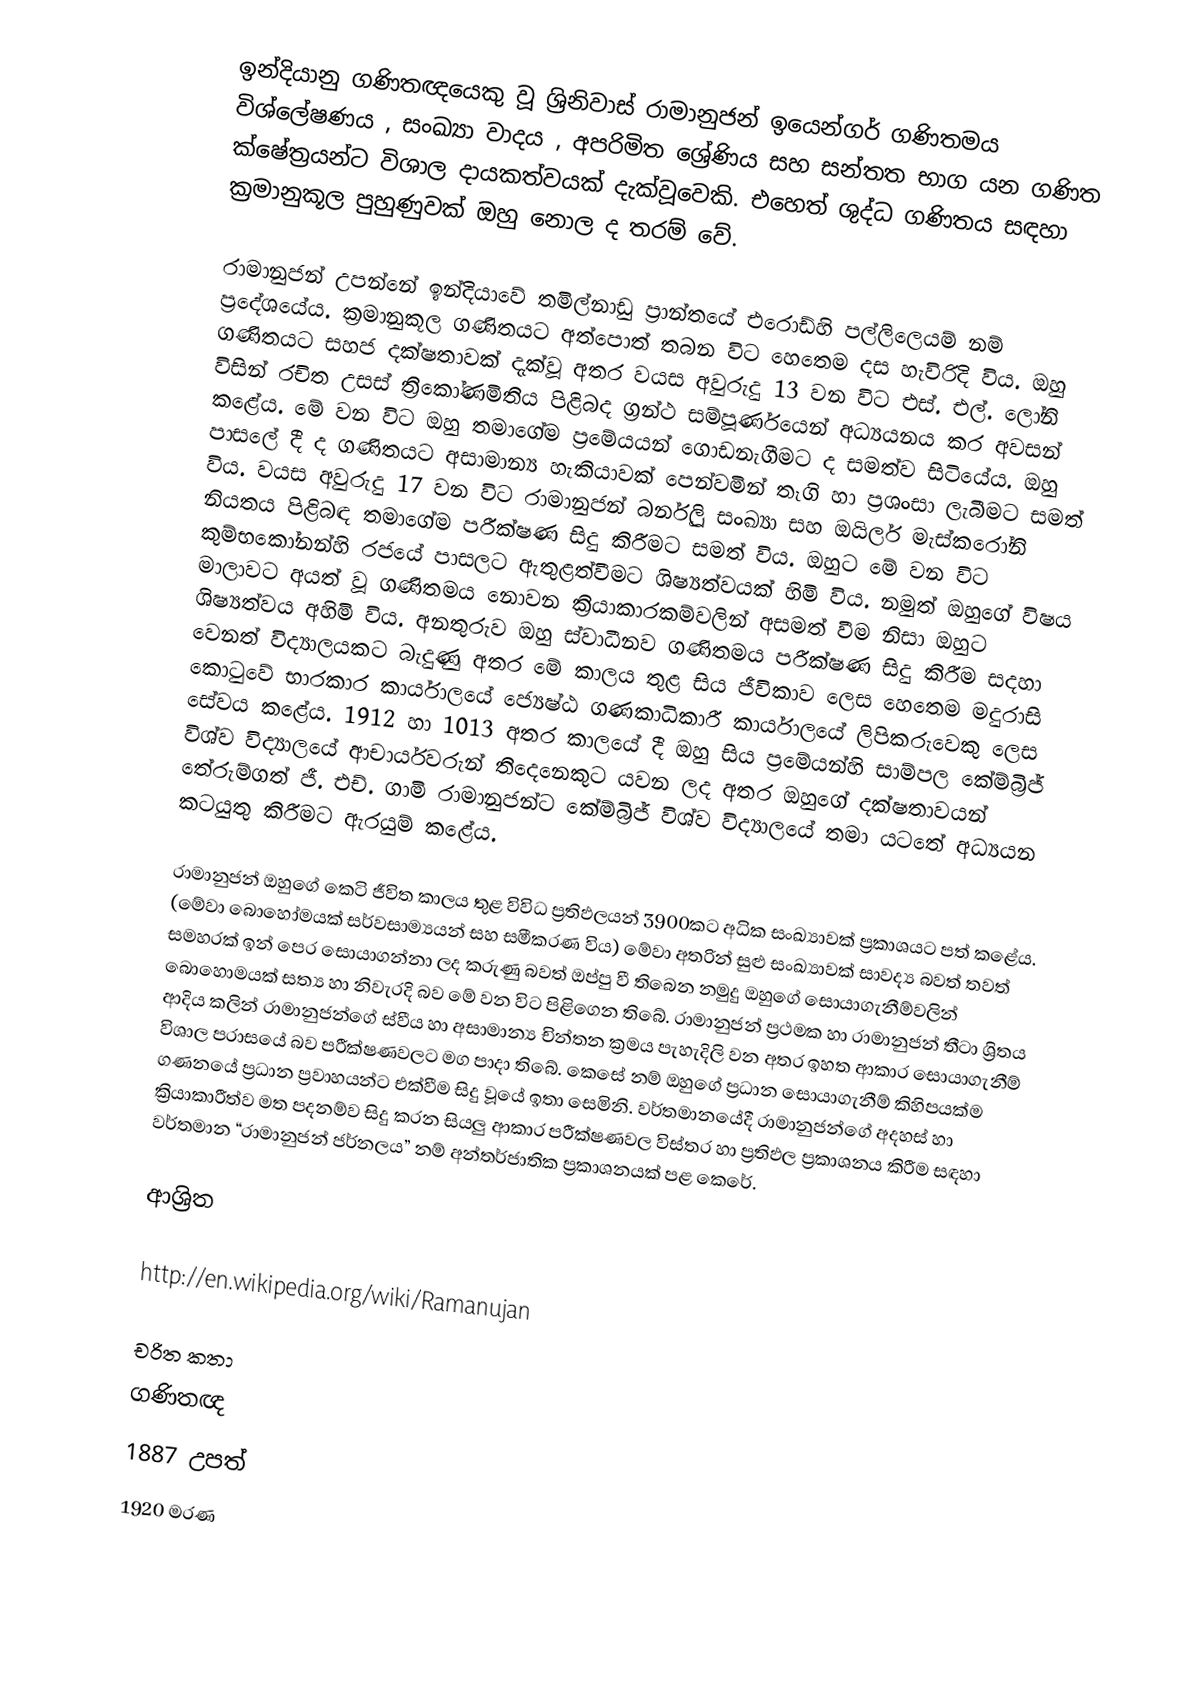
ඉන්දියානු ගණිතඥයෙකු වූ ශ්‍රිනිවාස් රාමානුජන් ඉයෙන්ගර් ගණිතමය විශ්ලේෂණය , සංඛ්‍යා වාදය , අපරිමිත ශ්‍රේණි‍ය සහ සන්තත භාග යන ගණි‍ත ක්ෂේත්‍රයන්ට විශාල දායකත්වයක් දැක්වූවෙකි. එහෙත් ශුද්ධ ගණිතය සඳහා ක්‍රමානුකූල පුහුණුවක් ඔහු නොල ද තරම් වේ.

රාමානුජන් උපන්නේ ඉන්දියාවේ තමිල්නාඩු ප්‍රාන්තයේ එරොඩ්හි පල්ලිලෙයම් නම් ප්‍රදේශයේය. ක්‍රමානුකූල ගණිතයට අත‍්පොත් තබන විට හෙතෙම දස හැවිරිදි විය. ඔහු ගණිතයට සහජ දක්ෂතාවක් දැක්වූ අතර වයස අවුරුදු 13 වන විට එස්. එල්. ලෝනි විසින් රචිත උසස් ත්‍රිකෝණමිතිය පිළිබද ග්‍රන්ථ සම්පූර්ණයෙන් අධ්‍යයනය කර අවසන් කළේය. මේ වන විට ඔහු තමාගේම ප්‍රමේයයන් ගොඩනැගීමට ද සමත්ව සිටියේය. ඔහු පාසලේ දී ද ගණිතයට අසාමාන්‍ය හැකියාවක් පෙන්වමින් තෑගි හා ප්‍රශංසා ලැබීමට සමත් විය. වයස අවුරුදු 17 වන විට රාමානුජන් බර්නූලි සංඛ්‍යා සහ ඔයිලර් මැස්කරෝනි නියතය පිළිබඳ තමාගේම පරීක්ෂණ සිදු කිරීමට සමත් විය. ඔහුට මේ වන විට කුම්භකෝනන්හි රජයේ පාසලට ඇතුළත්වීමට ශිෂ්‍යත්වයක් හිමි විය. නමුත් ඔහුගේ විෂය මාලාවට අයත් වූ ගණිතමය නොවන ක්‍රියාකාරකම්වලින් අසමත් වීම නිසා ඔහුට ශිෂ්‍යත්වය අහිමි විය. අනතුරුව ඔහු ස්වාධීනව ගණිතමය පරීක්ෂණ සිදු කිරීම සදහා වෙනත් විද්‍යාලයකට බැදුණු අතර මේ කාලය තුළ සිය ජීවිකාව ලෙස හෙතෙම මදුරාසි කොටුවේ භාරකාර කාර්යාලයේ ජ්‍යෙෂ්ඨ ගණකාධිකාරී කාර්යාලයේ ලිපිකරුවෙකු ලෙස සේවය කළේය. 1912 හා 1013 අතර කාලයේ දී ඔහු සිය ප්‍රමේයන්හි සාම්පල කේම්බ්‍රිජ් විශ්ව විද්‍යාලයේ ආචාර්යවරුන් තිදෙනෙකුට යවන ලද අතර ඔහුගේ දක්ෂතාවයන් තේරුම්ගත් ජී. එච්. ගාමි රාමානුජන්ට කේම්බ්‍රිජ් විශ්ව විද්‍යාලයේ තමා යටතේ අධ්‍යයන කටයුතු කිරීමට ඇරයුම් කළේය.

රාමානුජන් ඔහුගේ කෙටි ජීවිත කාලය තුළ විවිධ ප්‍රතිඵලයන් 3900කට අධික සංඛ්‍යාවක් ප්‍රකාශයට පත් කළේය. (මේවා බොහෝමයක් සර්වසාම්‍යයන් සහ සමීකරණ විය) මේවා අතරින් සුළු සංඛ්‍යාවක් සාවද්‍ය බවත් තවත් සමහරක් ඉන් පෙර සොයාගන්නා ලද කරුණු බවත් ඔප්පු වී තිබෙන නමුදු ඔහුගේ සොයාගැනීම්වලින් බොහොමයක් සත්‍ය හා නිවැරදි බව මේ වන විට පිළිගෙන තිබේ. රාමානුජන් ප්‍රථමක හා රාමානුජන් තීටා ශ්‍රිතය ආදිය කලින් රාමානුජන්ගේ ස්වීය හා අසාමාන්‍ය චින්තන ක්‍රමය පැහැදිලි වන අතර ඉහත ආකාර සොයාගැනීම් විශාල පරාසයේ බව පරීක්ෂණවලට මග පාදා තිබේ. කෙසේ නම් ඔහුගේ ප්‍රධාන සොයාගැනීම් කිහිපයක්ම ගණනයේ ප්‍රධාන ප්‍රවාහයන්ට එක්වීම සිදු වූයේ ඉතා සෙමිනි. වර්තමානයේදී රාමානුජන්ගේ අදහස් හා ක්‍රියාකාරීත්ව මත පදනම්ව සිදු කරන සියලු ආකාර පරීක්ෂණවල විස්තර හා ප්‍රතිඵල ප්‍රකාශනය කිරීම සඳහා වර්තමාන “රාමානුජන් ජර්නලය” නම් අන්තර්ජාතික ප්‍රකාශනයක් පළ කෙරේ.

ආශ්‍රිත

 http://en.wikipedia.org/wiki/Ramanujan

චරිත කතා
ගණිතඥ
1887 උපත්
1920 මරණ